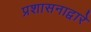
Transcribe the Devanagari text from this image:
प्रशासनाद्वारे